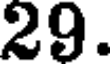
29.